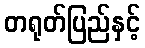
တရုတ်ပြည်နှင့်